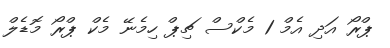
ޕްރޯ އަދި އެމް 1 މެކްސް ޗިޕް ހިމެނޭ މެކް ޕްރޯ މޮޑެލް